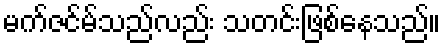
မက်ဇင်မ်သည်လည်း သတင်းဖြစ်နေသည်။